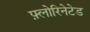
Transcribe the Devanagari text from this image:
फ़्लोरिनेटेड